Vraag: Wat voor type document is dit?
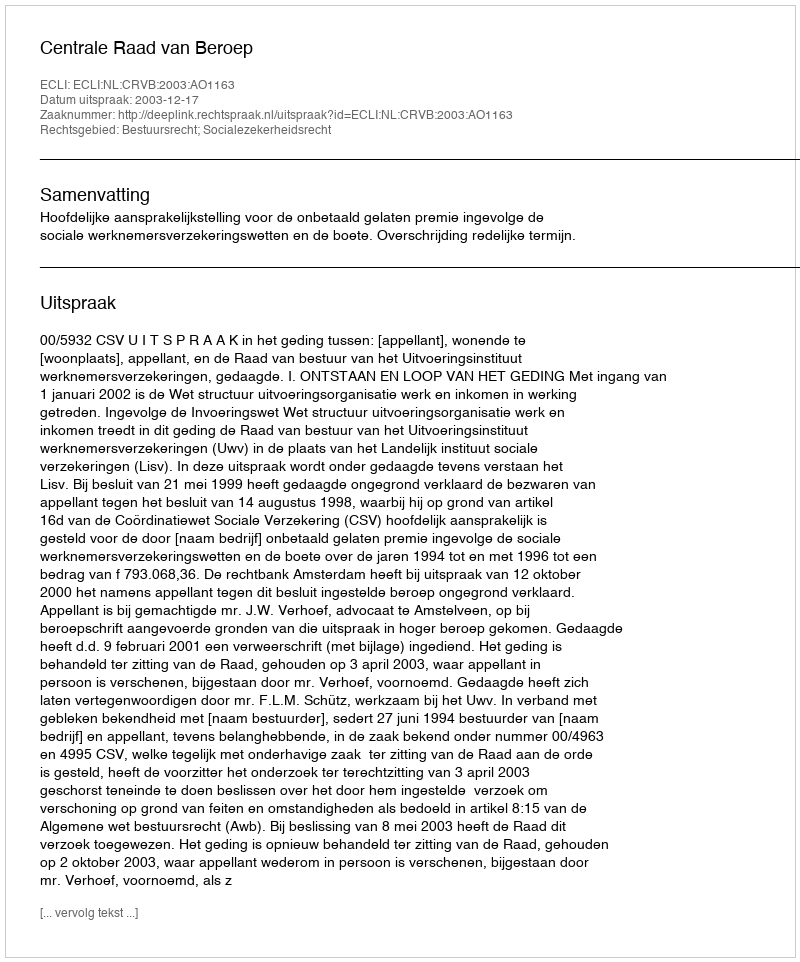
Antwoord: Uitspraak